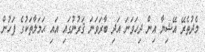
މެދުތެރޭ އޭޝިޔާ އިން ދިހަވަނަ އަދި ބާރަވަނަ ޤަރުނުގައި އައި ޙަމަލާތަކުގެ ފަހުން